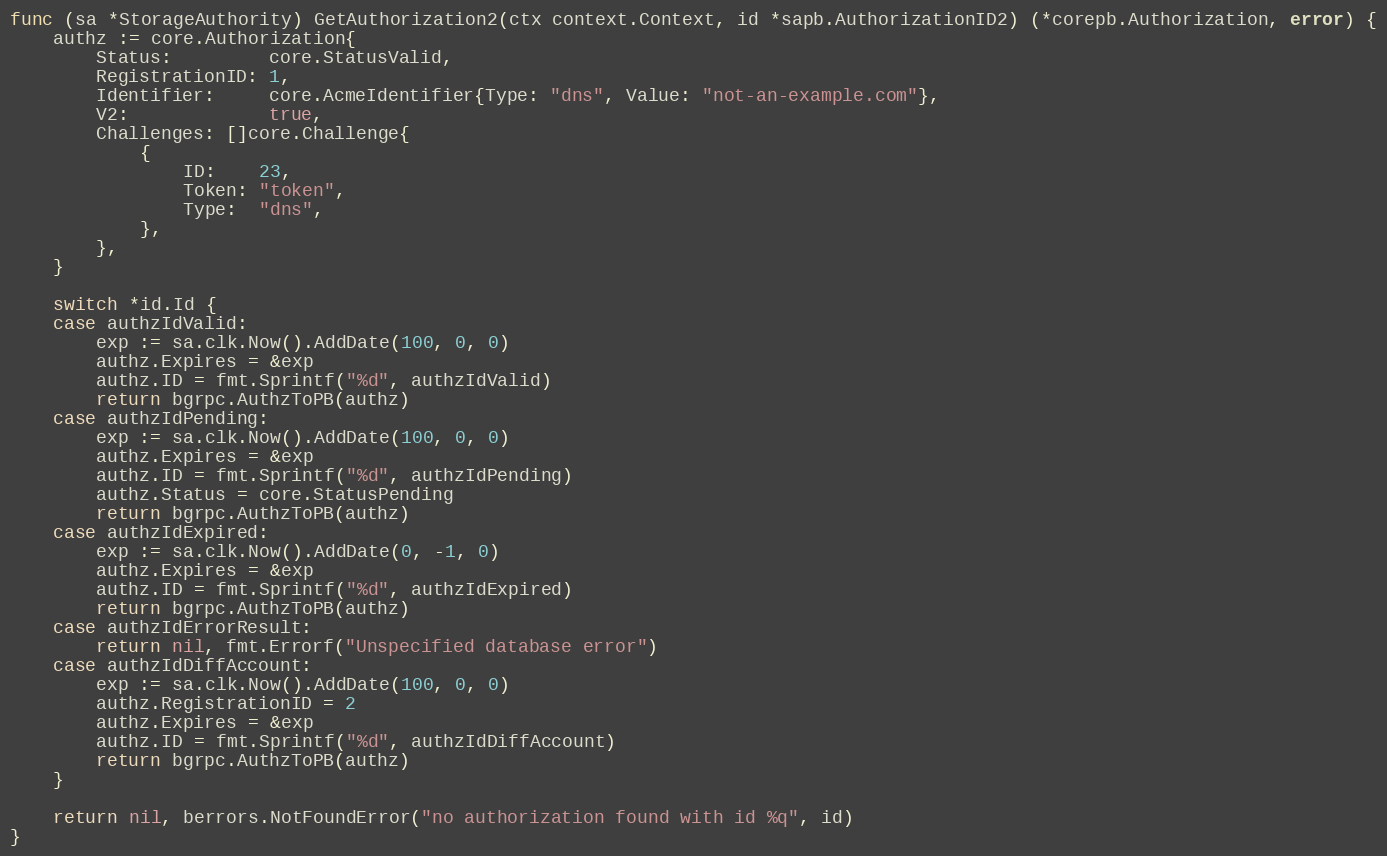
Language: Go
func (sa *StorageAuthority) GetAuthorization2(ctx context.Context, id *sapb.AuthorizationID2) (*corepb.Authorization, error) {
	authz := core.Authorization{
		Status:         core.StatusValid,
		RegistrationID: 1,
		Identifier:     core.AcmeIdentifier{Type: "dns", Value: "not-an-example.com"},
		V2:             true,
		Challenges: []core.Challenge{
			{
				ID:    23,
				Token: "token",
				Type:  "dns",
			},
		},
	}

	switch *id.Id {
	case authzIdValid:
		exp := sa.clk.Now().AddDate(100, 0, 0)
		authz.Expires = &exp
		authz.ID = fmt.Sprintf("%d", authzIdValid)
		return bgrpc.AuthzToPB(authz)
	case authzIdPending:
		exp := sa.clk.Now().AddDate(100, 0, 0)
		authz.Expires = &exp
		authz.ID = fmt.Sprintf("%d", authzIdPending)
		authz.Status = core.StatusPending
		return bgrpc.AuthzToPB(authz)
	case authzIdExpired:
		exp := sa.clk.Now().AddDate(0, -1, 0)
		authz.Expires = &exp
		authz.ID = fmt.Sprintf("%d", authzIdExpired)
		return bgrpc.AuthzToPB(authz)
	case authzIdErrorResult:
		return nil, fmt.Errorf("Unspecified database error")
	case authzIdDiffAccount:
		exp := sa.clk.Now().AddDate(100, 0, 0)
		authz.RegistrationID = 2
		authz.Expires = &exp
		authz.ID = fmt.Sprintf("%d", authzIdDiffAccount)
		return bgrpc.AuthzToPB(authz)
	}

	return nil, berrors.NotFoundError("no authorization found with id %q", id)
}